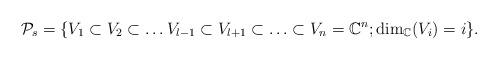
LaTeX: \begin{align*} \mathcal{P}_s=\{V_1\subset V_2\subset \ldots V_{l-1}\subset V_{l+1}\subset\ldots \subset V_{n}=\mathbb{C}^n; \dim_{\mathbb{C}}(V_i)=i\}. \end{align*}